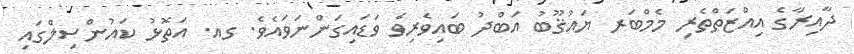
ދާއިރާގެ އިއްޒަތްތެރި މެމްބަރ ޔައުޤޫބު އަބްދު ބައިވެރިވެ ވަޑައިގަންނަވައެވެ. ގއ. އަތޮޅު ކައުންސިލްގައި